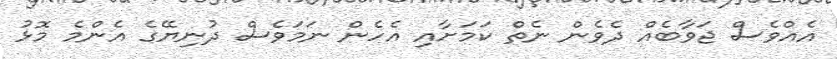
އެއްވެސް ޖަވާބެއް ދެވެން ނެތް ކަމަށާއި އެހެން ނަމަވެސް ދުނިޔޭގެ އެންމެ މޮޅު